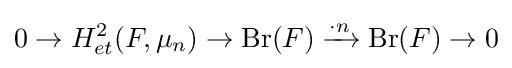
0\to H_{et}^{2}(F,\mu _{n})\to {\text{Br}}(F)\xrightarrow {\cdot n} {\text{Br}}(F)\to 0